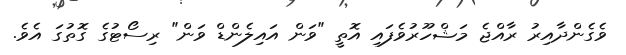
ވެގެންދާއިރު ރާއްޖެ މަޝްހޫރުވެފައި އޮތީ "ވަން އައިލެންޑް ވަން" ރިސޯޓުގެ ގޮތުގަ އެވެ.